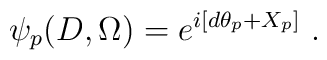
\left.  \psi_{p} (D,\Omega) = e^{i \left[ d \theta_{p} + X_{p} \right]} \ . \right.